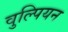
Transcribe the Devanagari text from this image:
वुल्पियन